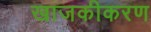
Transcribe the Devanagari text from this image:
खाजकीकरण